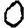
Digit: 0